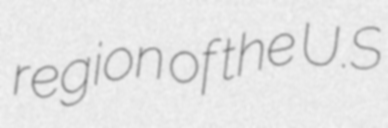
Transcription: region of the U.S